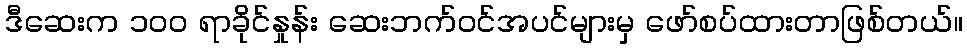
ဒီဆေးက ၁၀၀ ရာခိုင်နှုန်း ဆေးဘက်ဝင်အပင်များမှ ဖော်စပ်ထားတာဖြစ်တယ်။